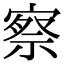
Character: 察